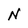
Character: N